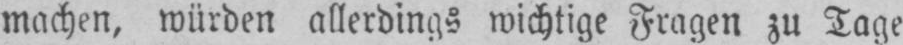
machen, würden allerdings wichtige Fragen zu Tage